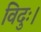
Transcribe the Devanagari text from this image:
विदुः।